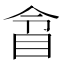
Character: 𥅍